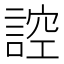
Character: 𮘜